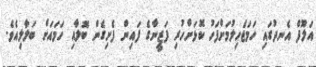
އަލޫފް އެނދުގައި ހަމަޖެހިލުމަށްފަހު ކޮޅަށްހުރި ފަޒީނާގެ ފައިން ފެށިގެން ބޮލާއި ހަމައަށް ބަލާލިއެވެ.